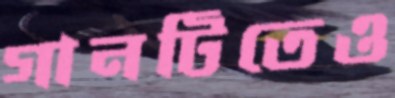
গানটিতেও